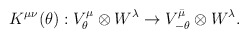
\begin{align*} K^{\mu \nu}(\theta) : V^{\mu}_{\theta} \otimes W^{\lambda} \to V^{\bar{\mu}}_{-\theta} \otimes W^{\lambda}.\end{align*}